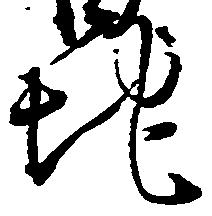
地